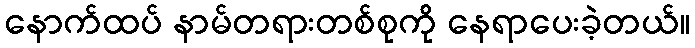
နောက်ထပ် နာမ်တရားတစ်စုကို နေရာပေးခဲ့တယ်။